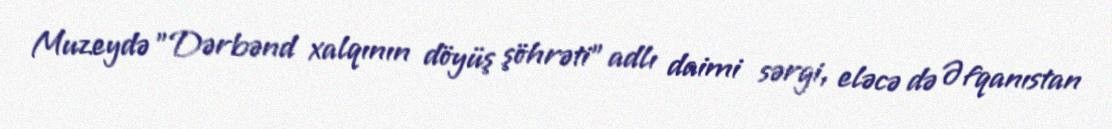
Muzeydə "Dərbənd xalqının döyüş şöhrəti" adlı daimi sərgi, eləcə də Əfqanıstan